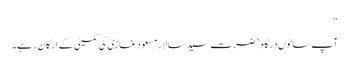
“
آپ سالوں درگاہ حضرت سید سالار مسعود غازیؒ کی کمیٹی کے ارکان رہے۔